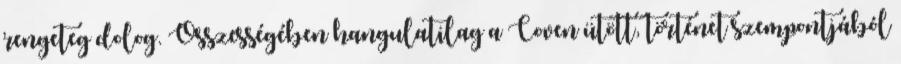
rengeteg dolog. Összességében hangulatilag a Coven ütött, történet szempontjából